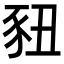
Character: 𬤽